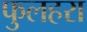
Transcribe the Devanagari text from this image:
फुलहरा